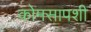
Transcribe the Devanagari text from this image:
कोमसापशी